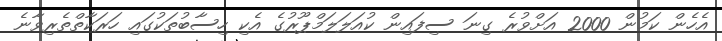
އެހެން ކަމުން 2000 އަށްވުރެ ގިނަ ސިފައިން ކުއަލަލަމްޕޫރުގެ އެކި ހިސާބުތަކުގައި ހަރަކާތްތެރިވާނެ